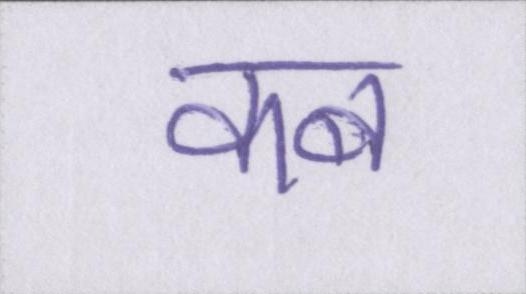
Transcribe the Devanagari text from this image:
कब